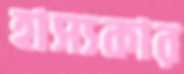
হাস্যকার